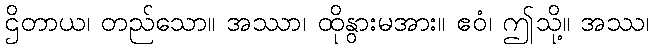
ဌိတာယ၊ တည်သော။ အဿာ၊ ထိုနွားမအား။ ဧဝံ၊ ဤသို့။ အဿ၊